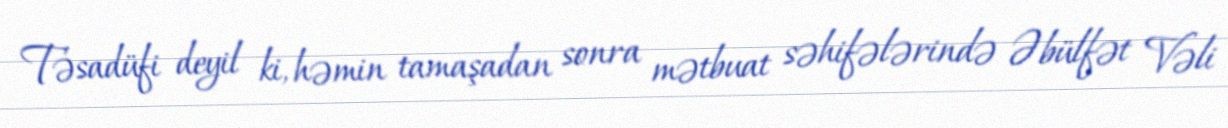
Təsadüfi deyil ki, həmin tamaşadan sonra mətbuat səhifələrində Əbülfət Vəli